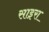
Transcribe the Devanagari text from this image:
साइरा